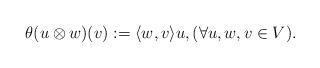
LaTeX: \begin{align*}\theta(u\otimes w)(v):=\langle w,v\rangle u,(\forall u,w,v\in V).\end{align*}